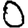
Digit: 0